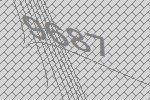
9687